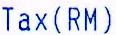
TAX(RM)